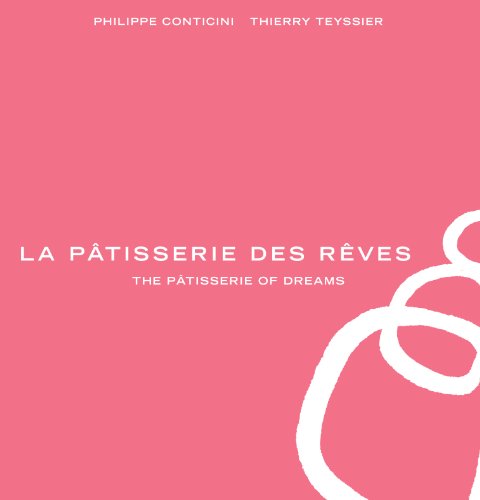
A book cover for La PÃ¢tisserie des RÃªves: The PÃ¢tisserie of Dreams; Phillippe Conticini; Cookbooks, Food & Wine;